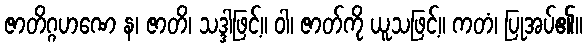
ဇာတိဂ္ဂဟဏေ န၊ ဇာတိ၊ သဒ္ဒါဖြင့်။ ဝါ၊ ဇာတ်ကို ယူသဖြင့်။ ကတံ၊ ပြုအပ်၏။